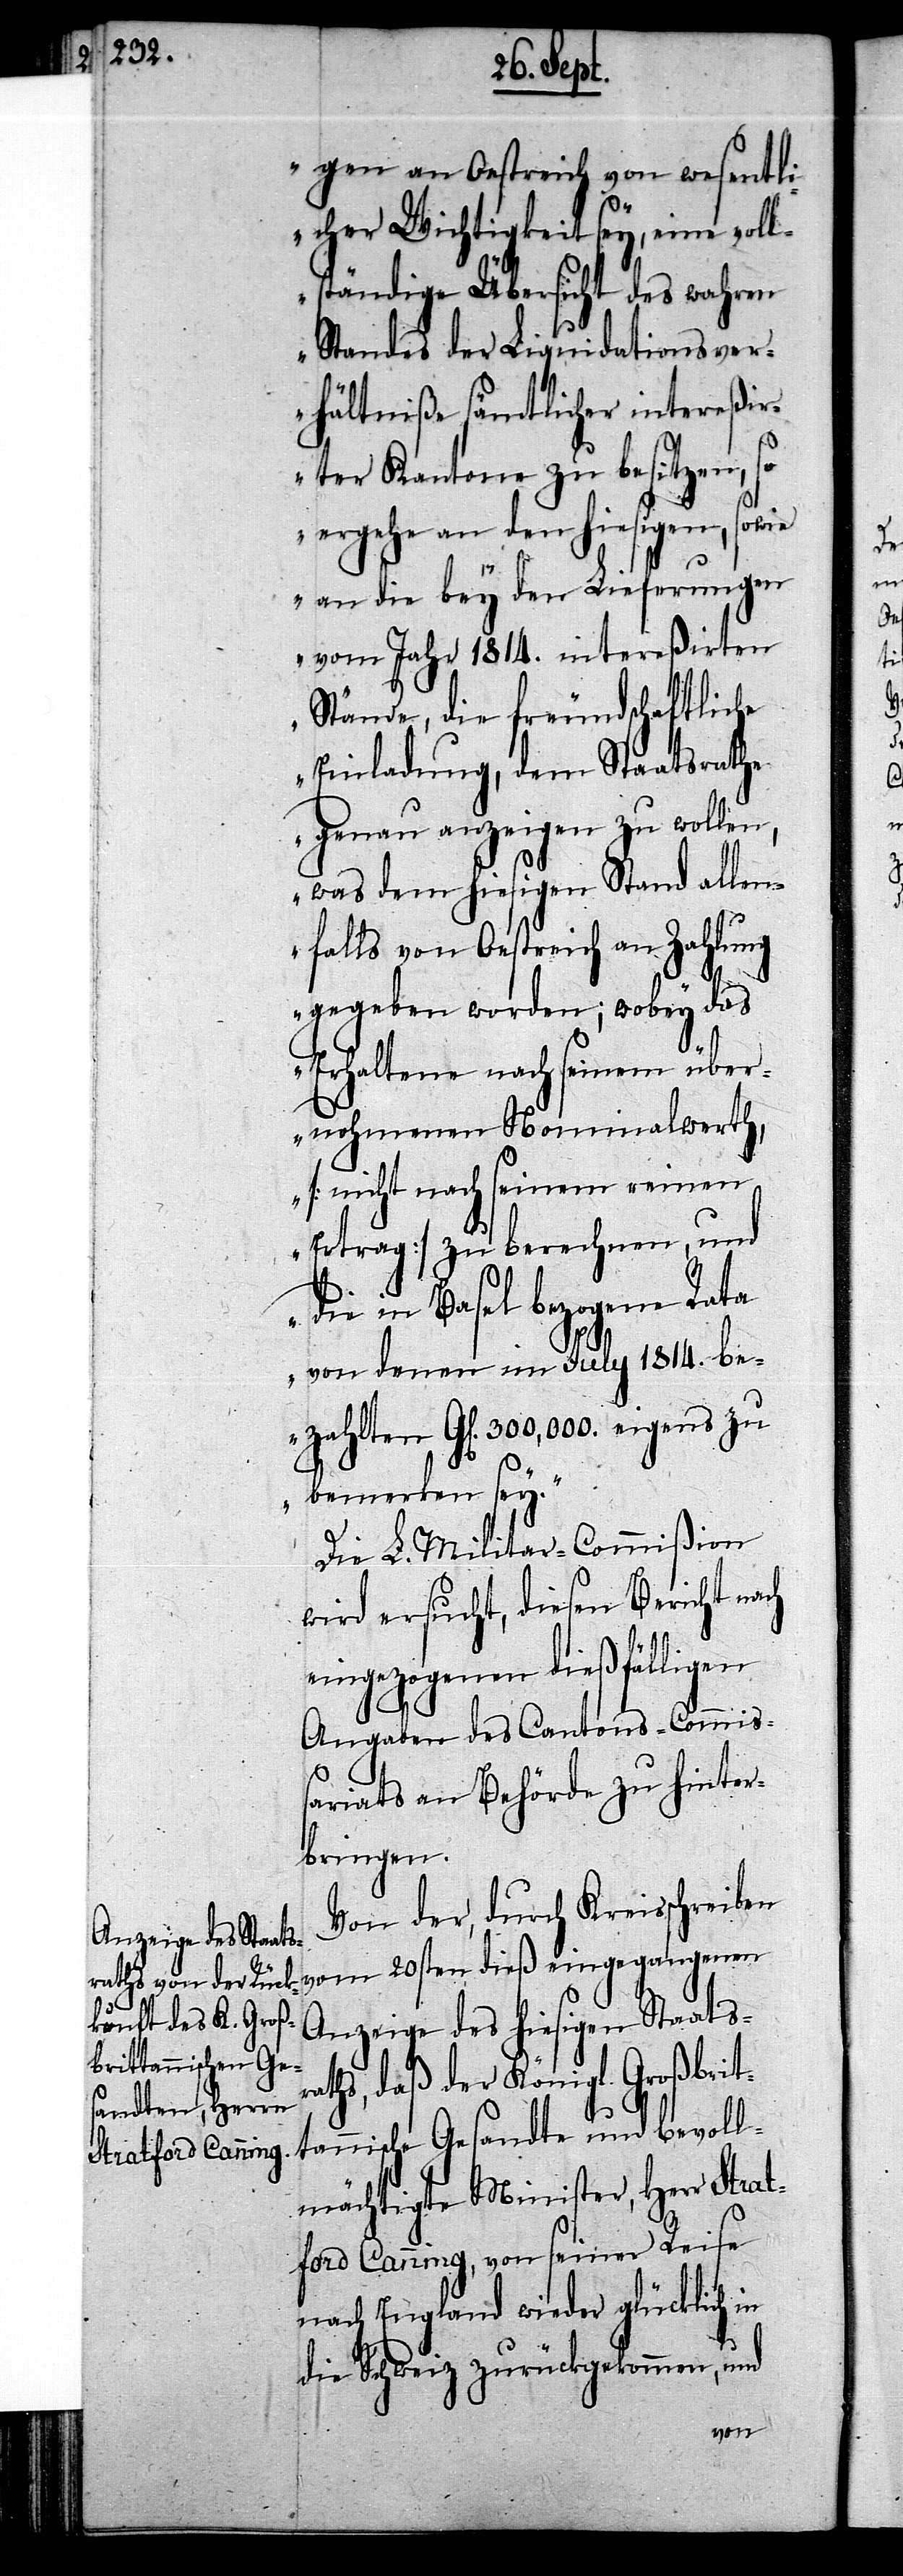
zahlten

gen an Oestreich von wesentl¬
icher Wichtigkeit sey, eine voll¬
ständige Übersicht des wahren
Standes der Liquidationsver¬
hältniße sämtlicher intereßi¬
rter Kantone zu besitzen, so
ergehe an den hiesigen, sowie
an die bey den Lieferungen
vom Jahr 1814. intereßirten
Stände, die freundschaftliche
Einladung, dem Staatsrathe
genau anzeigen zu wollen,
was dem hiesigen Stand allen¬
falls von Oestreich an Zahlung
gegeben worden; wobey das
Erhaltene nach seinem über¬
nohmenen Nominalwerth,
[nicht nach seinem reinen
Ertrag] zu berechnen, und
die in Basel bezogene Rata
von denen im July 1814. be¬
bemerken sey.“
Die L. Militar-Commißion
wird ersucht, diesen Bericht nach
eingezogenen dießfälligen
Angaben des Cantons-Commiß¬
ariats an Behörde zu hinter¬
bringen.
Von der, durch Kreisschreiben
vom 20sten dieß eingegangenen
Anzeige des hiesigen Staatsr¬
aths, daß der Königl. Großbrit¬
tannische Gesandte und bevoll¬
mächtigte Minister, Herr Stra¬
tford Canning, von seiner Reise
nach England wieder glücklich in
die Schweiz zurückgekommen, und